Annual report of the Bengal Veterinary College and of the Civil Veterinary Department, Bengal, for the year 1916-17 - 1916-1917
Year: 1916
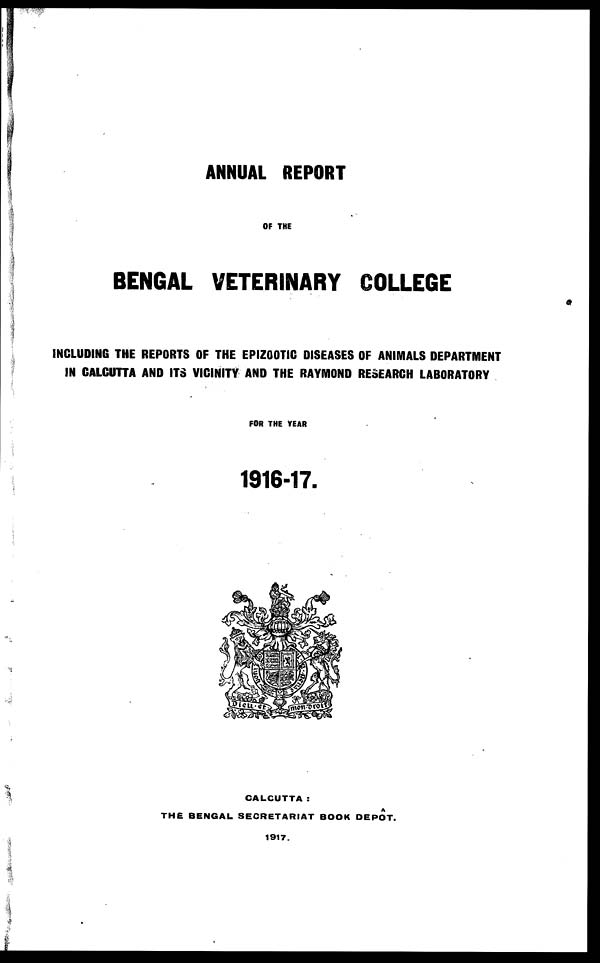
ANNUAL REPORT
OF THE
BENGAL VETERINARY COLLEGE
INCLUDING THE REPORTS OF THE EPIZOOTIC DISEASES OF ANIMALS DEPARTMENT
IN CALCUTTA AND ITS VICINITY AND THE RAYMOND RESEARCH LABORATORY
FOR THE YEAR
1916-17.
CALCUTTA:
THE BENGAL SECRETARIAT BOOK DEPOT.
1917.